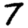
Digit: 7